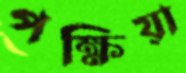
পক্ষিয়া